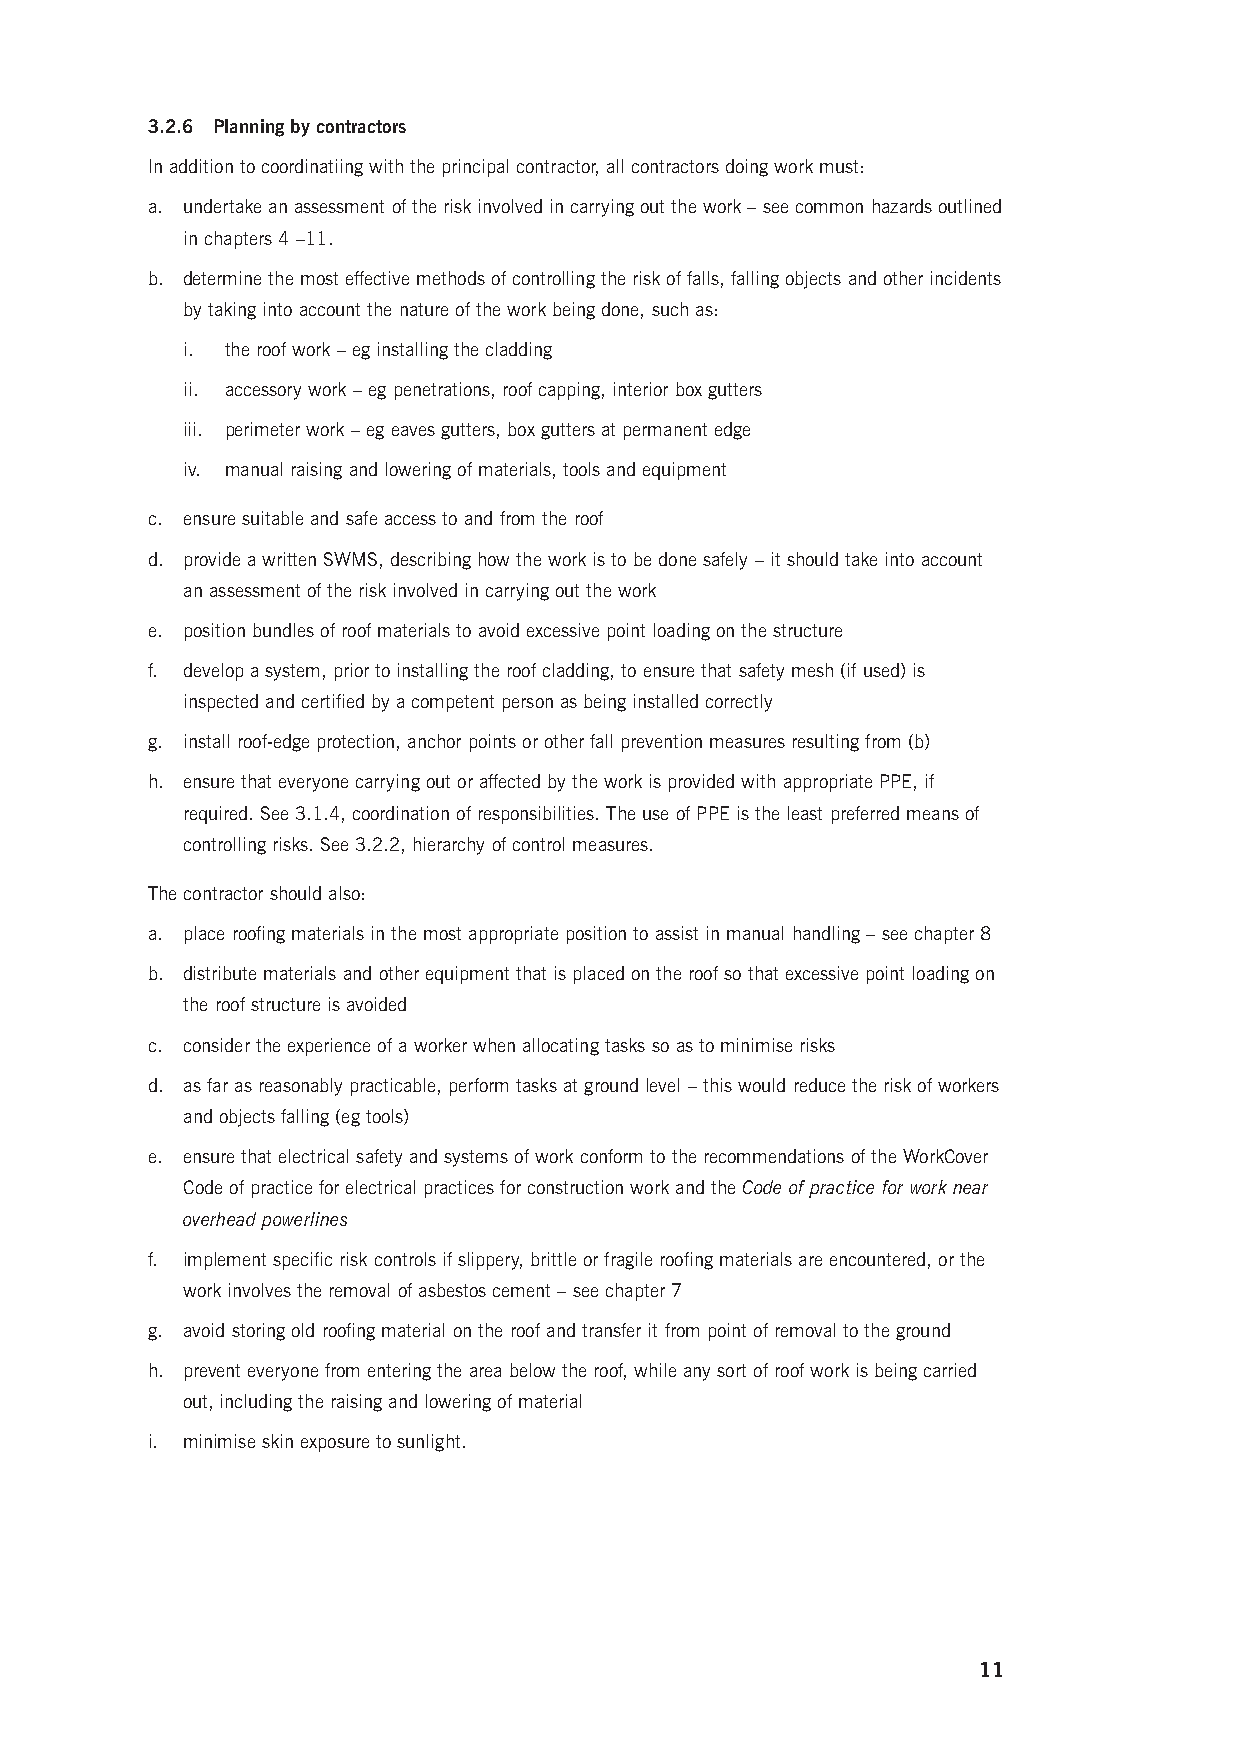
3.2.6 Planning by contractors
 In addition to coordinatiing with the principal contractor, all contractors doing work must:
 a. undertake an assessment of the risk involved in carrying out the work – see common hazards outlined
 in chapters 4 –11.
 b. determine the most effective methods of controlling the risk of falls, falling objects and other incidents
 by taking into account the nature of the work being done, such as:
 i. the roof work – eg installing the cladding
 ii. accessory work – eg penetrations, roof capping, interior box gutters
 iii. perimeter work – eg eaves gutters, box gutters at permanent edge
 iv. manual raising and lowering of materials, tools and equipment
 c. ensure suitable and safe access to and from the roof
 d. provide a written SWMS, describing how the work is to be done safely – it should take into account
 an assessment of the risk involved in carrying out the work
 e. position bundles of roof materials to avoid excessive point loading on the structure
 f. develop a system, prior to installing the roof cladding, to ensure that safety mesh (if used) is
 inspected and certified by a competent person as being installed correctly
 g. install roof-edge protection, anchor points or other fall prevention measures resulting from (b)
 h. ensure that everyone carrying out or affected by the work is provided with appropriate PPE, if
 required. See 3.1.4, coordination of responsibilities. The use of PPE is the least preferred means of
 controlling risks. See 3.2.2, hierarchy of control measures.
 The contractor should also:
 a. place roofing materials in the most appropriate position to assist in manual handling – see chapter 8
 b. distribute materials and other equipment that is placed on the roof so that excessive point loading on
 the roof structure is avoided
 c. consider the experience of a worker when allocating tasks so as to minimise risks
 d. as far as reasonably practicable, perform tasks at ground level – this would reduce the risk of workers
 and objects falling (eg tools)
 e. e nsure that electrical safety and systems of work conform to the recommendations of the WorkCover
 Code of practice for electrical practices for construction work and the Code of practice for work near
 overhead powerlines
 f. implement specific risk controls if slippery, brittle or fragile roofing materials are encountered, or the
 work involves the removal of asbestos cement – see chapter 7
 g. avoid storing old roofing material on the roof and transfer it from point of removal to the ground
 h. prevent everyone from entering the area below the roof, while any sort of roof work is being carried
 out, including the raising and lowering of material
 i. minimise skin exposure to sunlight.
 11